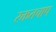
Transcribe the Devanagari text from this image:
रक्ततचाप